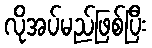
လိုအပ်မည်ဖြစ်ပြီး